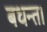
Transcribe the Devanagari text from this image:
बधन्त।